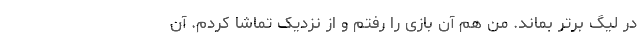
در لیگ برتر بماند. من هم آن بازی را رفتم و از نزدیک تماشا کردم. آن